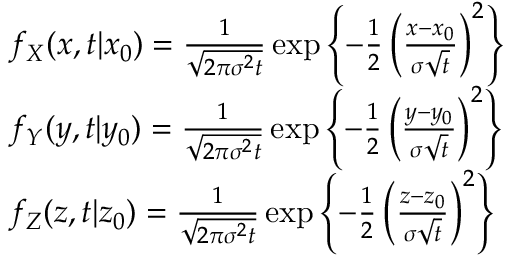
\begin{array} { r l } & { f _ { X } ( x , t \vert x _ { 0 } ) = \frac { 1 } { \sqrt { 2 \pi \sigma ^ { 2 } t } } \exp \left\lbrace - \frac { 1 } { 2 } \left( \frac { x - x _ { 0 } } { \sigma \sqrt { t } } \right) ^ { 2 } \right\rbrace } \\ & { f _ { Y } ( y , t \vert y _ { 0 } ) = \frac { 1 } { \sqrt { 2 \pi \sigma ^ { 2 } t } } \exp \left\lbrace - \frac { 1 } { 2 } \left( \frac { y - y _ { 0 } } { \sigma \sqrt { t } } \right) ^ { 2 } \right\rbrace } \\ & { f _ { Z } ( z , t \vert z _ { 0 } ) = \frac { 1 } { \sqrt { 2 \pi \sigma ^ { 2 } t } } \exp \left\lbrace - \frac { 1 } { 2 } \left( \frac { z - z _ { 0 } } { \sigma \sqrt { t } } \right) ^ { 2 } \right\rbrace } \end{array}